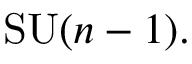
\mathrm { S U } ( n - 1 ) .